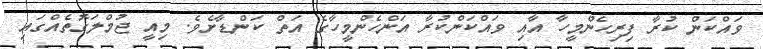
ވައްކަން ކުރާ ފިރިހެންމީހާ އާއި ވައްކަންކުރާ އަންހެންމީހާގެ އަތް ކަންޑާށެވެ. މިއީ ޖުމްލަގޮތެއްގައި